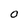
Character: o